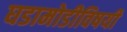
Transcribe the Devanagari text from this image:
घडामोडीविषयी